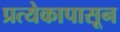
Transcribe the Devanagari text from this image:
प्रत्येकापासून